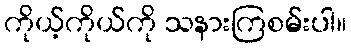
ကိုယ့်ကိုယ်ကို သနားကြစမ်းပါ။